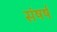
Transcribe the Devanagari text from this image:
संषर्ष